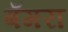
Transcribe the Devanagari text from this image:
बँगरा